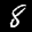
Label: 8